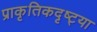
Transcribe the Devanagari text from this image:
प्राकृतिकदृष्ट्या